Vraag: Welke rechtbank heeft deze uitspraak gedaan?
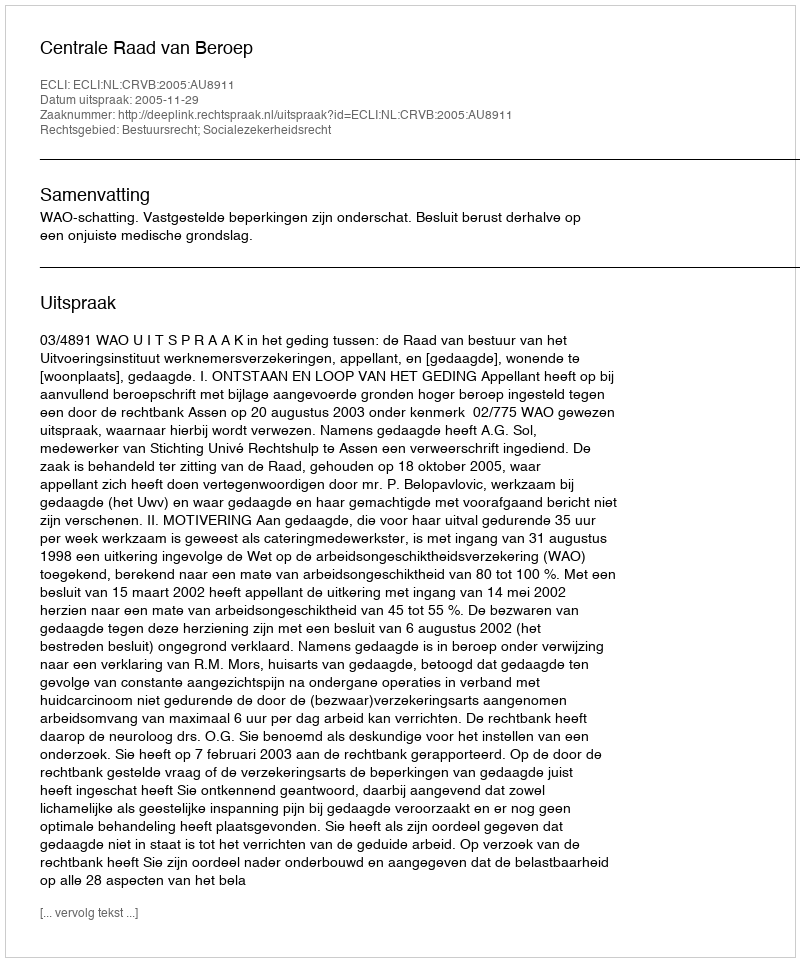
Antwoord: Centrale Raad van Beroep